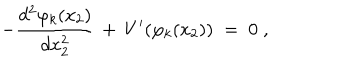
- \frac { d ^ { 2 } \varphi _ { k } ( x _ { 2 } ) } { d x _ { 2 } ^ { 2 } } \, + \, V ^ { \prime } ( \varphi _ { k } ( x _ { 2 } ) ) \; = \; 0 \; ,